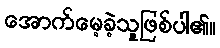
အောက်မေ့ခဲ့သူဖြစ်ပါ၏။